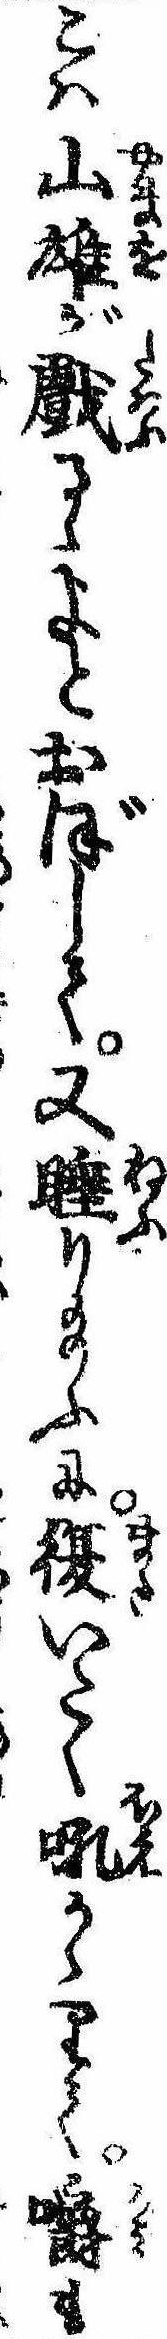
こは山雄が戯るゝよとおぼして又睡り給ふに復いたく吼かゝりて嚼も